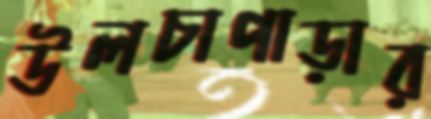
উলচাপাড়ার